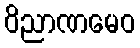
ဝိညာဏမေဝ